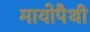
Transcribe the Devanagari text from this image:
मायोपैथी